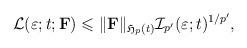
LaTeX: \begin{align*}\mathcal{L}(\varepsilon ; t; {\mathbf F}) \leqslant \Vert \mathbf{F}\Vert _{\mathfrak{H}_p (t)}\mathcal{I}_{p'}(\varepsilon ; t)^{1/p'},\end{align*}